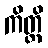
ကိတ္တိ